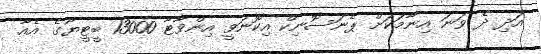
އަދި ދެ ވަނަ އިނާމަކަށް ޕެނަސޮނިކް އިކޮނަވީ އިންވާޓާ 13000 ބީޓީޔޫގެ އެއާ